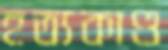
হত্যকাণ্ড